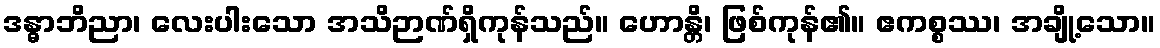
ဒန္ဓာဘိညာ၊ လေးပါးသော အသိဉာဏ်ရှိကုန်သည်။ ဟောန္တိ၊ ဖြစ်ကုန်၏။ ဧကစ္စဿ၊ အချို့သော။